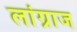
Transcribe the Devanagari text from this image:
लांग्राज